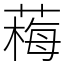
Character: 䔦